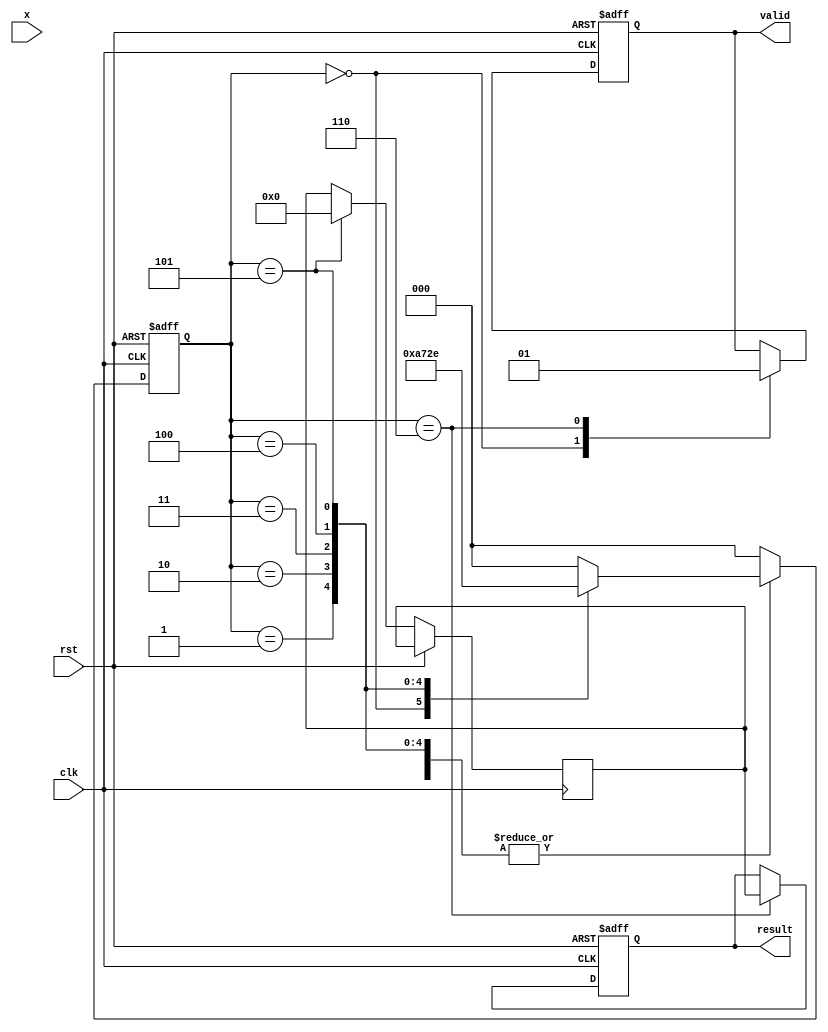
module asinh(
    input wire clk,
    input wire rst,
    input wire [31:0] x, // 32-bit floating-point input
    output reg [31:0] result, // 32-bit floating-point output
    output reg valid // Signal to indicate valid output
);

    reg [31:0] abs_x;
    reg [31:0] x_squared;
    reg [31:0] sqrt_term;
    reg [31:0] addition_result;
    reg [31:0] ln_result;
    
    localparam STATE_IDLE = 3'b000;
    localparam STATE_MAGNITUDE = 3'b001;
    localparam STATE_SQUARE = 3'b010;
    localparam STATE_SQRT = 3'b011;
    localparam STATE_ADD = 3'b100;
    localparam STATE_LOG = 3'b101;
    localparam STATE_OUTPUT = 3'b110;

    reg [2:0] state, next_state;

    // Simple absolute value computation (for signed inputs)
    function [31:0] abs;
        input [31:0] value;
        begin
            abs = value[31] ? (~value + 1) : value;
        end
    endfunction

    // Placeholder for square root function
    function [31:0] sqrt;
        input [31:0] value;
        begin
            // Implement the square root calculation here
            // For simplicity, we can use a lookup table or a simple algorithm.
            // This implementation is a placeholder.
            sqrt = 32'h00000000; // Replace with actual sqrt calculation
        end
    endfunction

    // Placeholder for natural logarithm function
    function [31:0] ln;
        input [31:0] value;
        begin
            // Implement the logarithm calculation here
            // This implementation is a placeholder.
            ln = 32'h00000000; // Replace with actual ln calculation
        end
    endfunction

    // State machine for computing asinh
    always @(posedge clk or posedge rst) begin
        if (rst) begin
            state <= STATE_IDLE;
            result <= 32'b0;
            valid <= 1'b0;
        end else begin
            state <= next_state;
            case (state)
                STATE_IDLE: begin
                    valid <= 1'b0;
                end
                
                STATE_MAGNITUDE: begin
                    abs_x <= abs(x);
                end
                
                STATE_SQUARE: begin
                    x_squared <= abs_x * abs_x; // x^2
                end
                
                STATE_SQRT: begin
                    sqrt_term <= sqrt(x_squared + 32'h00000001); // sqrt(x^2 + 1)
                end
                
                STATE_ADD: begin
                    addition_result <= abs_x + sqrt_term; // x + sqrt(x^2 + 1)
                end
                
                STATE_LOG: begin
                    ln_result <= ln(addition_result); // ln(x + sqrt(x^2 + 1))
                end
                
                STATE_OUTPUT: begin
                    result <= ln_result;
                    valid <= 1'b1;
                end
                
                default: begin
                    // Default case to handle unexpected states
                    state <= STATE_IDLE;
                end
            endcase
        end
    end

    // State transition logic
    always @(*) begin
        case (state)
            STATE_IDLE: begin
                next_state = STATE_MAGNITUDE;
            end
            
            STATE_MAGNITUDE: begin
                next_state = STATE_SQUARE;
            end
            
            STATE_SQUARE: begin
                next_state = STATE_SQRT;
            end
            
            STATE_SQRT: begin
                next_state = STATE_ADD;
            end
            
            STATE_ADD: begin
                next_state = STATE_LOG;
            end
            
            STATE_LOG: begin
                next_state = STATE_OUTPUT;
            end
            
            STATE_OUTPUT: begin
                next_state = STATE_IDLE; // Go back to idle after output
            end
            
            default: begin
                next_state = STATE_IDLE;
            end
        endcase
    end

endmodule